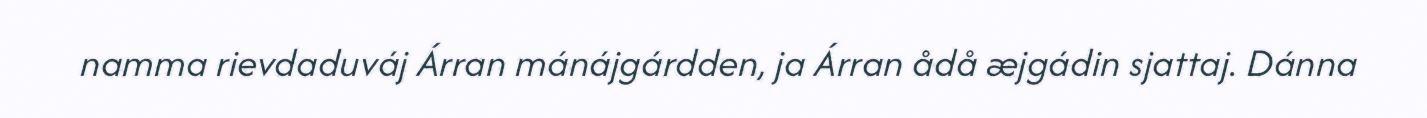
namma rievdaduváj Árran mánájgárdden, ja Árran ådå æjgádin sjattaj. Dánna